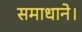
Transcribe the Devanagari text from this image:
समाधाने।